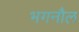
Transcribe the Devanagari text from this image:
भगनौल